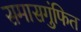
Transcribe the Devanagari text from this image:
समासगुंफित